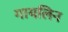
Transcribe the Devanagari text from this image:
गायलिन